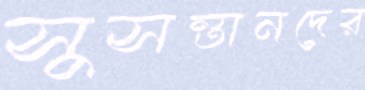
সুসন্তানদের